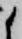
候